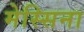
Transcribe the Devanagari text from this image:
मेस्सिना